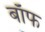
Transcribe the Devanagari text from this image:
बाॅफ